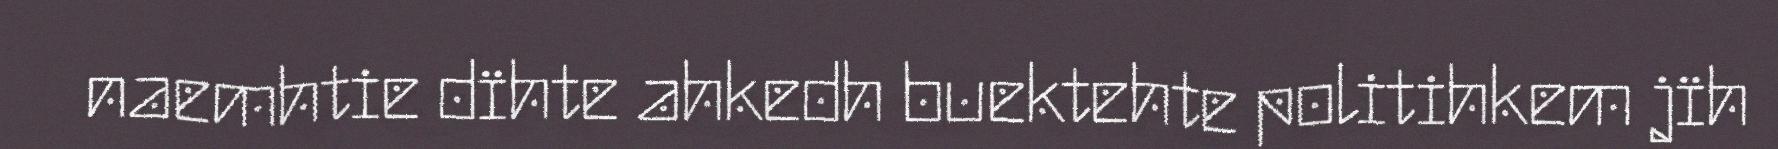
naemhtie dïhte ahkedh buektehte politihkem jïh